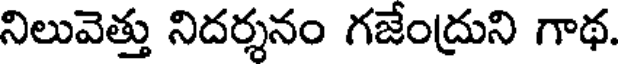
నిలువెత్తు నిదర్శనం గజేంద్రుని గాథ.